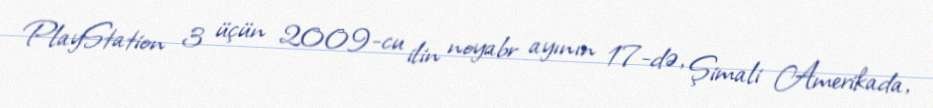
PlayStation 3 üçün 2009-cu ilin noyabr ayının 17-də, Şimali Amerikada,